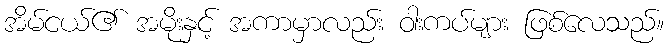
အိမ်ငယ်၏ အမိုးနှင့် အကာမှာလည်း ဝါးကပ်များ ဖြစ်လေသည်။